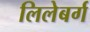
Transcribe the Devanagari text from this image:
लिलेबर्ग